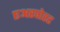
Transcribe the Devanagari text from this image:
एअरपोरट